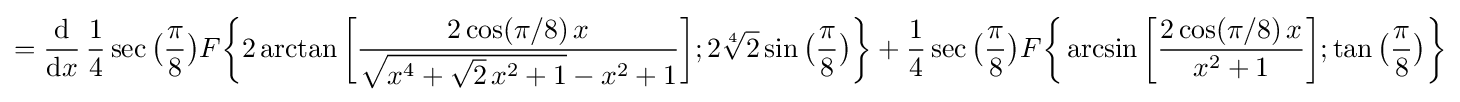
={\frac {\mathrm {d} }{\mathrm {d} x}}\,{\frac {1}{4}}\sec {\bigl (}{\frac {\pi }{8}}{\bigr )}F{\biggl \{}2\arctan {\biggl [}{\frac {2\cos(\pi /8)\,x}{{\sqrt {x^{4}+{\sqrt {2}}\,x^{2}+1}}-x^{2}+1}}{\biggr ]};2{\sqrt[{4}]{2}}\sin {\bigl (}{\frac {\pi }{8}}{\bigr )}{\biggr \}}+{\frac {1}{4}}\sec {\bigl (}{\frac {\pi }{8}}{\bigr )}F{\biggl \{}\arcsin {\biggl [}{\frac {2\cos(\pi /8)\,x}{x^{2}+1}}{\biggr ]};\tan {\bigl (}{\frac {\pi }{8}}{\bigr )}{\biggr \}}